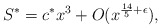
\begin{align*}S^{*}=c^{*}x^{3}+O(x^{\frac{14}{5}+\epsilon}), \end{align*}